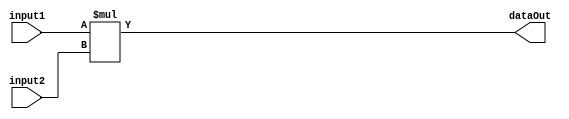
module mult #(
    parameter DATA_WIDTH = 32
)(
    input [DATA_WIDTH-1:0] input1,
    input [DATA_WIDTH-1:0] input2,
    output [DATA_WIDTH*2-1:0] dataOut
);

    assign dataOut = input1 * input2;

endmodule